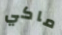
ماكي